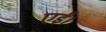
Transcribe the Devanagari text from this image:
एईं।